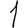
Digit: 1